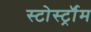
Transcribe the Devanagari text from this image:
स्टोर्स्ट्रॉम